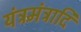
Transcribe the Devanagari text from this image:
यंत्रमंत्रादि